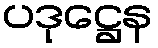
ပဒုဋ္ဌေန